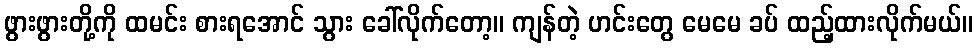
ဖွားဖွားတို့ကို ထမင်း စားရအောင် သွား ခေါ်လိုက်တော့။ ကျန်တဲ့ ဟင်းတွေ မေမေ ခပ် ထည့်ထားလိုက်မယ်။